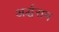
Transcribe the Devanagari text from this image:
अर्द्धसम